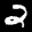
Digit: 2